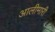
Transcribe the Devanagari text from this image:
आलीमारी